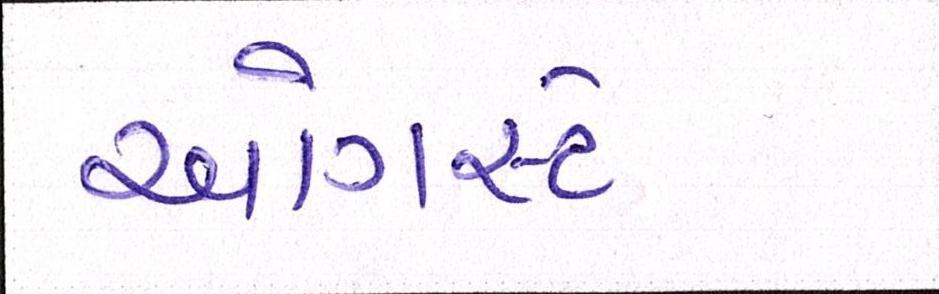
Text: ઓગસ્ટે